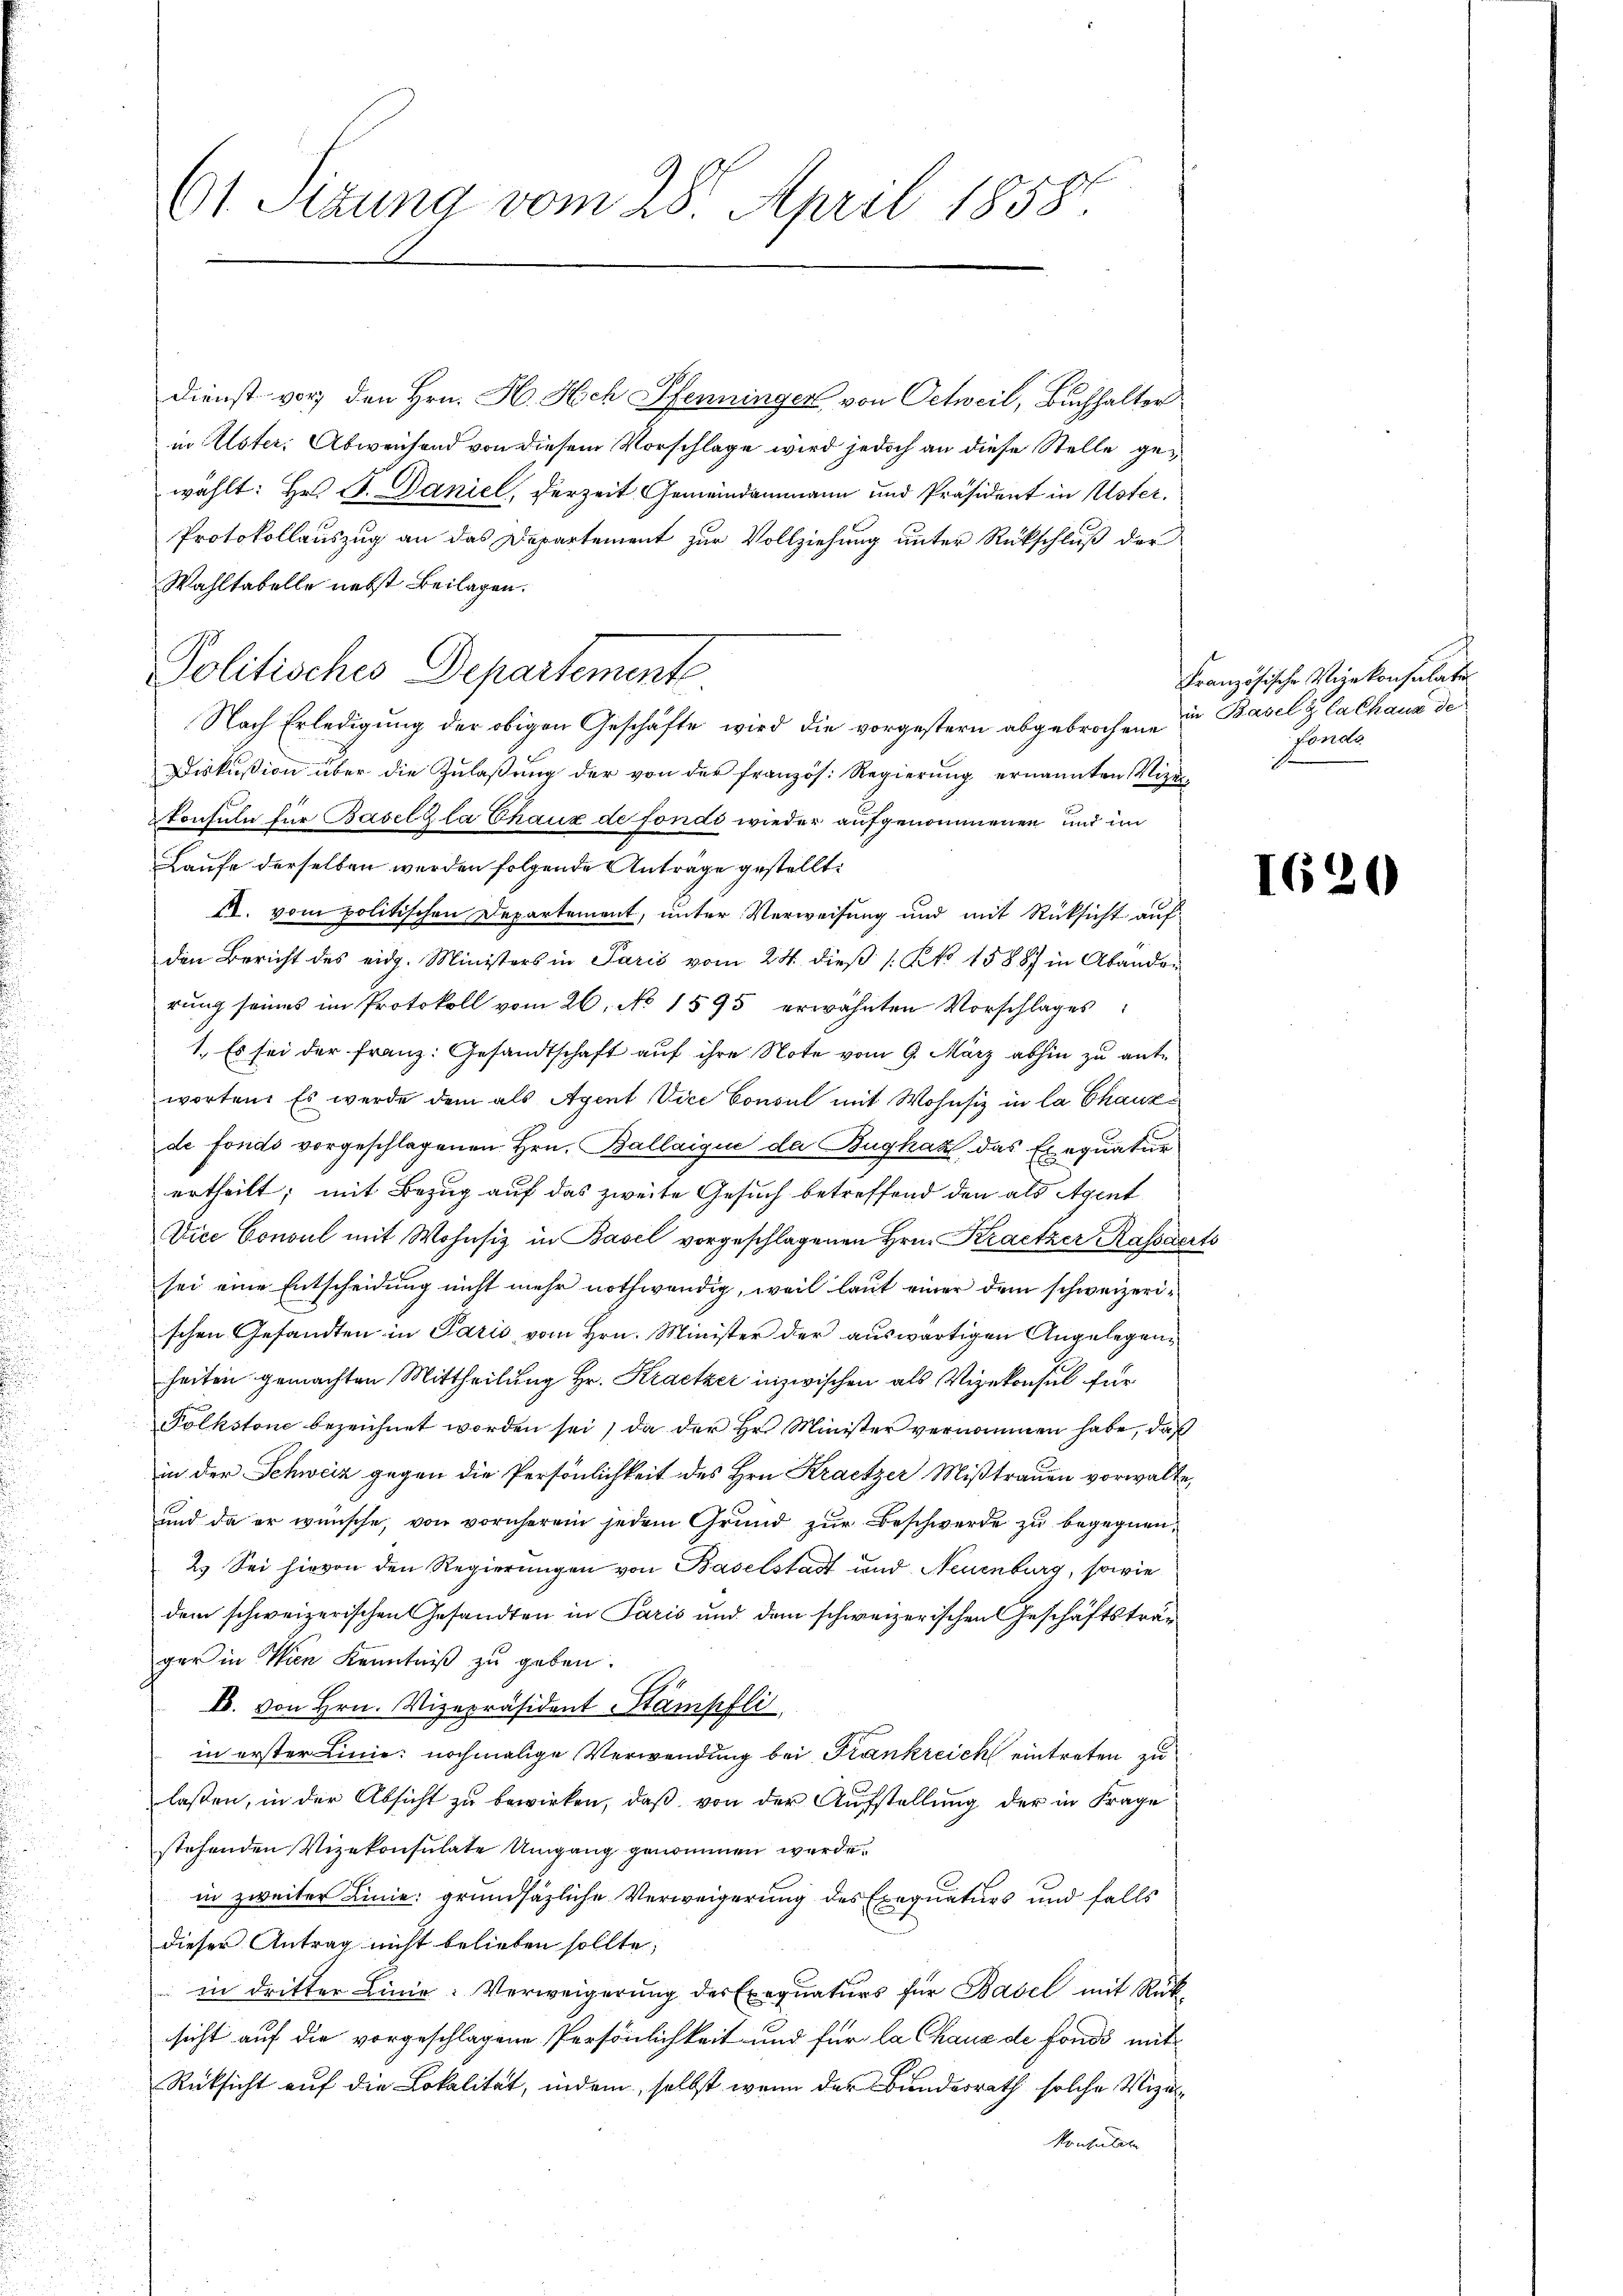
61 Sizung vom 28. April 1858.

Dienst vor den Hrn. H. Hch Pfenningen von Oetweil, Buchhalter
in Uster. Abweichend von diesem Vorschlage wird jedoch an diese Stelle gewählt: Hr. F. Daniel, Verzeit Gemeindammann und Präsident in Uster,
Protokollauszug an das Departement zur Vollziehung unter Rückschluß der
Wahltabelle nebst Beilagen.
Nach Erledigung der obigen Geschäfte wird die vorgestern abgebrochene in Basel & Cachaus de
Diskußion über die Zulaßung der von der französ. Regierung ernannten Mizeikonsuln für Basel zla Chaux de fonds wieder aufgenommenen und im
Laufe derselben werden folgende Anträge gestellt.
N. vom politischen Departement, unter Verweisung und mit Rücksicht aufden Bericht des eidg. Ministers in Paris vom 24. dieß [Kk. 1588 in Abandor
rŭng seines im Protokoll vom 26. No. 1595 erwähnten Vorschlages:
1. Es sei der Franz: Gesandtschaft auf ihre Note vom 9. März abhin zu antworten. Es werde dem als Agent Vice Consul mit Wohnsiz in la Chauzde fondo vorgeschlagenen Hrn. Ballaique da Bugkaz, das Exequatur
ertheilt; mit Bezug auf das zweite Gesuch betreffend den als Agent
Dice Consul mit Wohnsiz in Basel vorgeschlagenen Hrn. Kratzer Kassaerts
sei eine Entscheidung nicht mehr nothwendig, weil laut einer dem schweizerischen Gesandten in Paris vom Hrn. Minister der auswärtigen Angelegenheiten gemachten Mittheilung Hr. Kratzer inzwischen als Vizekonsul für
Polkstone bezeichnet worden sei, da der Hr. Minister vernommen habe, daß
in der Schweiz gegen die Persönlichkeit des Hrn Kraetzer Mißtrauen vorwalte,
und da er wünsche, von vornherein jedem Grund zur Beschwerde zu begegnen,
2.) Sei hievon den Regierungen von Baselstadt und Neuenburg, sowie
dem schweizerischen Gesandten in Paris und dem schweizerischen Geschäftsträger in Wien Kenntniß zu geben.
E. von Hrn. Vizepräsident Stämpfli
in erster Linie nochmalige Verwendung bei Frankreich eintreten zu
lassen, in der Absicht zu bewirken, daß von der Aufstellung der in Frage
stehenden Vizekonsulate Umgang genommen werde.
in zweiter Linie grundsätzliche Verweigerung des Exequaturs und falls
dieser Antrag nicht belieben sollte,
in dritter Linie: Verweigerŭng des Exequaturs für Basel mit Rük
sicht auf die vorgeschlagene Persönlichkeit und für la Chaux de fonds mit
Rücksicht auf die Lokalität, indem, selbst wenn der Bundesrath solche Vize
Monsulate

Politisches Departement.

Französische Vizekonsulati
Fonde

1620